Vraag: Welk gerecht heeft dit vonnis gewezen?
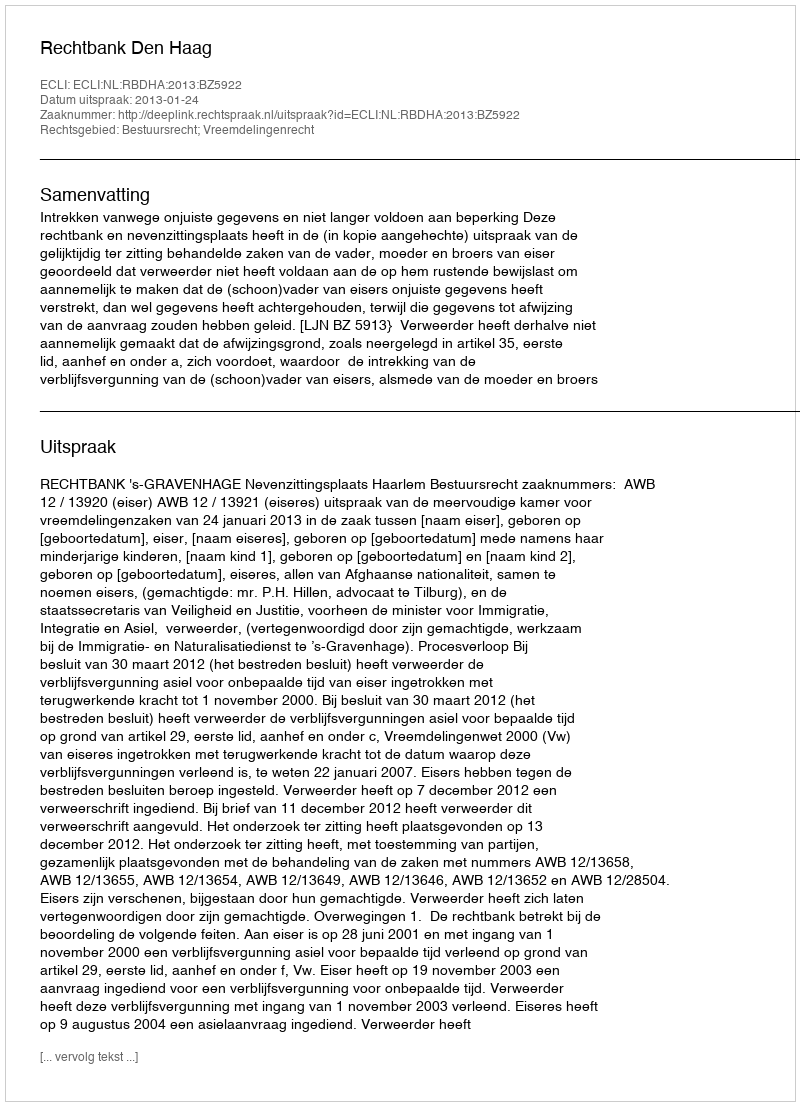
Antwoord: Rechtbank Den Haag